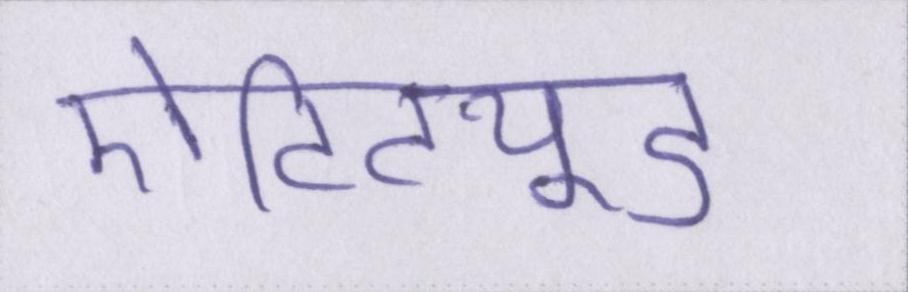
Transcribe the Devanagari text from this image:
ऐटिट्यूड